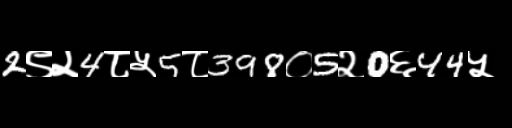
Text: 2९२4८५5८398०5२0६44५